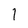
Character: 1